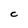
Character: C